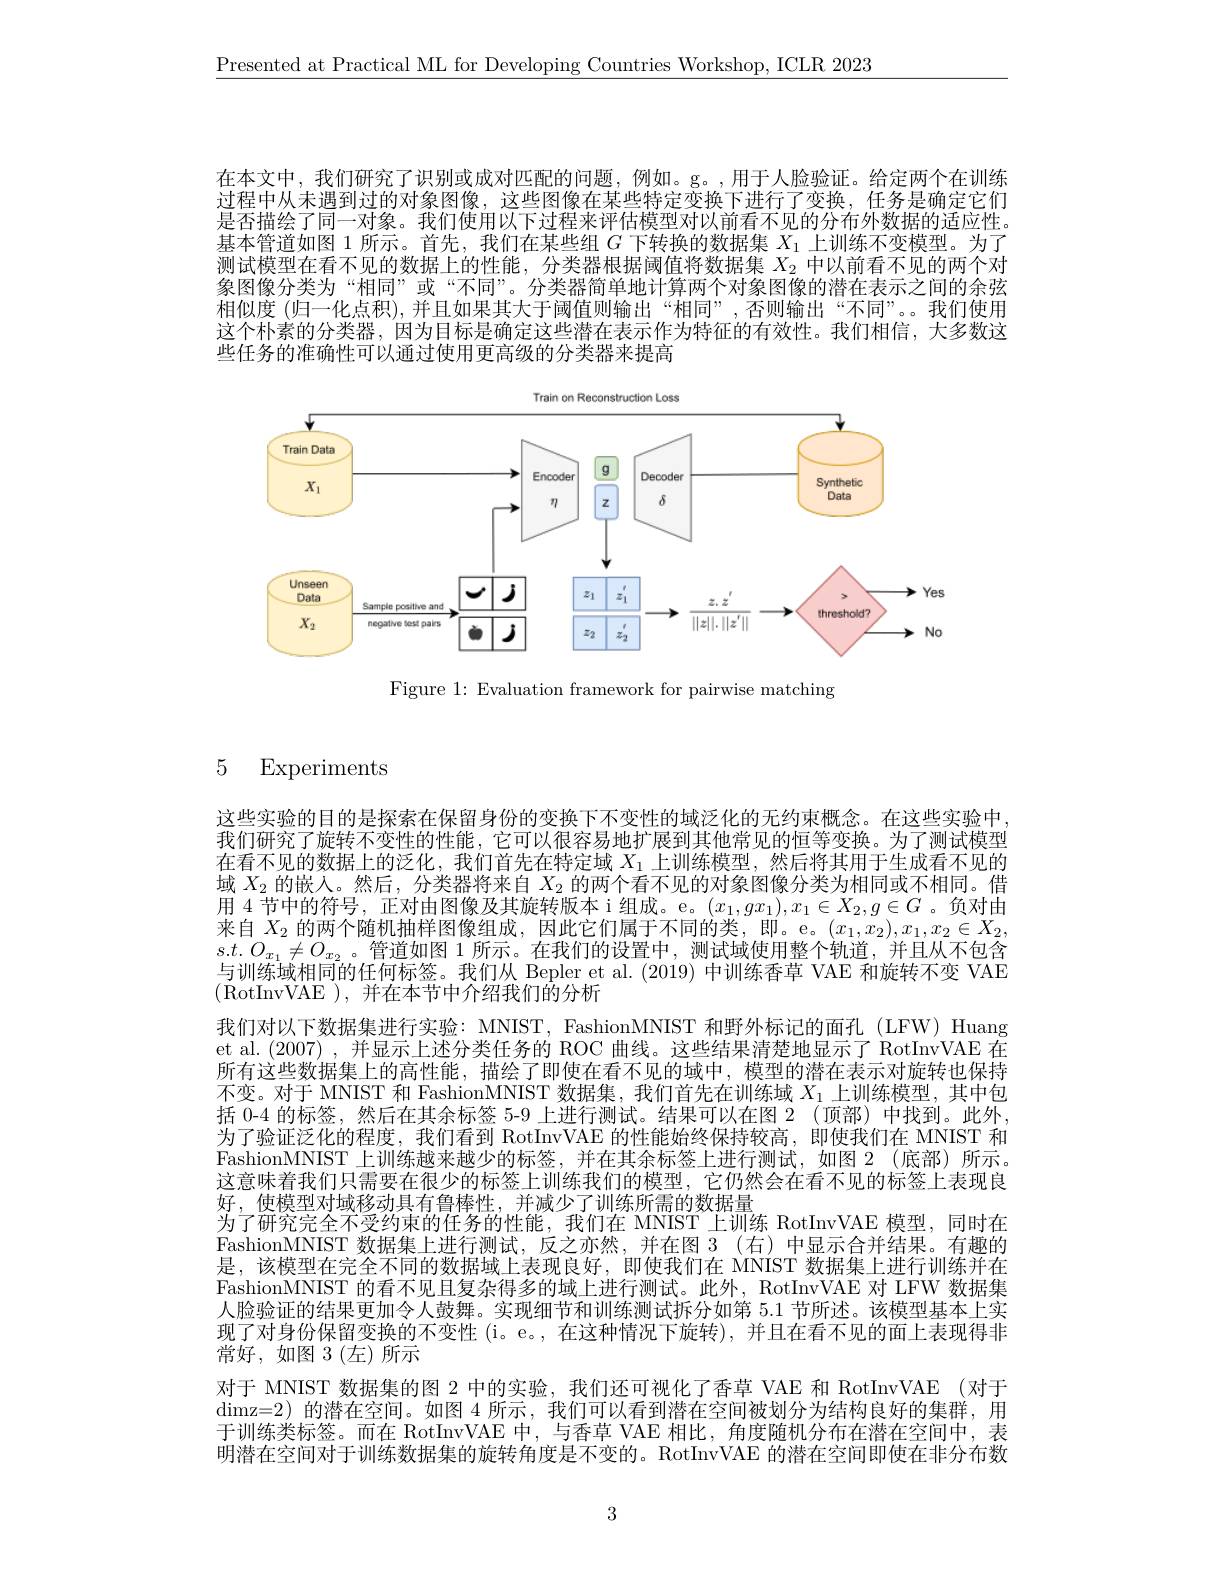
$\underline{\text{Presented at Practical ML for Developing Countries Workshop, ICLR 2023}}$

在本文中，我们研究了识别或成对匹配的问题，例如。g。,用于人脸验证。给定两个在训练过程中从未遇到过的对象图像，这些图像在某些特定变换下进行了变换，任务是确定它们是否描绘了同一对象。我们使用以下过程来评估模型对以前看不见的分布外数据的适应性。基本管道如图 1 所示。首先，我们在某些组$G$下转换的数据集$X_{1}$上训练不变模型。为了测试模型在看不见的数据上的性能，分类器根据阈值将数据集$X_2$中以前看不见的两个对象图像分类为“相同”或“不同”。分类器简单地计算两个对象图像的潜在表示之间的余弦相似度 (归一化点积),并且如果其大于阈值则输出“相同”,否则输出“不同”。。我们使用这个朴素的分类器，因为目标是确定这些潜在表示作为特征的有效性。我们相信，大多数这些任务的准确性可以通过使用更高级的分类器来提高

<FigureHere>

Figure 1: Evaluation framework for pairwise matching

5
Experiments

这些实验的目的是探索在保留身份的变换下不变性的域泛化的无约束概念。在这些实验中我们研究了旋转不变性的性能，它可以很容易地扩展到其他常见的恒等变换。为了测试模型在看不见的数据上的泛化，我们首先在特定域$X_1$上训练模型，然后将其用于生成看不见的域$X_2$的嵌人。然后，分类器将来自$X_2$的两个看不见的对象图像分类为相同或不相同。借用 4 节中的符号，正对由图像及其旋转版本 i 组成。e。$(x_1,gx_1),x_1\in X_2,g\in G$ 。负对由来自$X_2$ 的两个随机抽样图像组成，因此它们属于不同的类，即。e。$(x_1,x_2),x_1,x_2\in X_2$, $s.t.O_{x_1}\neq O_{x_2}$。管道如图1所示。在我们的设置中，测试域使用整个轨道，并且从不包含与训练域相同的杆何标签。我们从 Bepler et al.(2019) 中训练香草 VAE 和旅转不变 VAF (RotInvVAE ),并在本节中介绍我们的分析
我们对以下数据集进行实验：MNIST, FashionMNIST 和野外标记的面孔 (LFW) Huang et al.(2007) ,并显示上述分类任务的 ROC 曲线。这些结果清楚地显示了 RotInvVAE 在所有这些数据集上的高性能，描绘了即使在看不见的域中，模型的潜在表示对旋转也保持不变。对于 MNIST 和 FashionMNIST 数据集，我们首先在训练域$X_1$上训练模型，其中包括 0-4 的标签，然后在其余标签 5-9 上进行测试。结果可以在图 2 (顶部)中找到。此外为了验证泛化的程度，我们看到 RotInvVAE 的性能始终保持较高，即使我们在 MNIST 和FashionMNIST 上训练越来越少的标签，并在其余标签上进行测试，如图 2 (底部) 所示。这意味着我们只需要在很少的标签上训练我们的模型，它仍然会在看不见的标签上表现良好，使模型对域移动具有鲁棒性，并减少了训练所需的数据量
为了研究完全不受约束的任务的性能，我们在 MNIST 上训练 RotInvVAE 模型，同时在FashionMNIST 数据集上进行测试，反之亦然，并在图 3(右)中显示合并结果。有趣的是，该模型在完全不同的数据域上表现良好，即使我们在 MNIST 数据集上进行训练并在FashionMNIST 的看不见且复杂得多的域上进行测试。此外，RotInvVAE 对 LFW 数据集人脸验证的结果更加令人鼓舞。实现细节和训练测试拆分如第 5.1 节所述。该模型基本上实现了对身份保留变换的不变性 (i。e。,在这种情况下旋转),并且在看不见的面上表现得非常好，如图 3(左)所示
对于 MNIST 数据集的图 2 中的实验，我们还可视化了香草 VAE 和 RotInvVAE (对于dimz=2) 的潜在空间。如图 4 所示，我们可以看到潜在空间被划分为结构良好的集群，用于训练类标签。而在 RotInvVAE 中，与香草 VAE 相比，角度随机分布在潜在空间中，表明潜在空间对于训练数据集的旋转角度是不变的。RotInvVAE 的潜在空间即使在非分布数

3